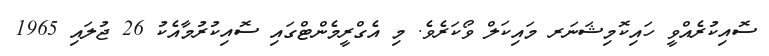
ސޮއިކުރެއްވީ ހައިކޮމިޝަނަރ މައިކަލް ވޯކަރެވެ. މި އެގްރީމެންޓްގައި ސޮއިކުރުމާއެކު 26 ޖުލައި 1965